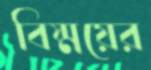
বিষ্ময়ের